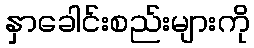
နှာခေါင်းစည်းများကို